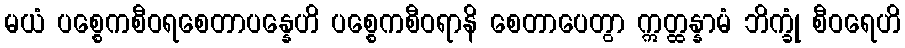
မယံ ပစ္စေကစီဝရစေတာပန္နေဟိ ပစ္စေကစီဝရာနိ စေတာပေတွာ ဣတ္ထန္နာမံ ဘိက္ခုံ စီဝရေဟိ